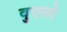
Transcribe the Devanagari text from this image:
वुएलो